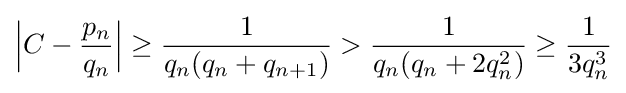
{\Big |}C-{\frac {p_{n}}{q_{n}}}{\Big |}\geq {\frac {1}{q_{n}(q_{n}+q_{n+1})}}>{\frac {1}{q_{n}(q_{n}+2q_{n}^{2})}}\geq {\frac {1}{3q_{n}^{3}}}